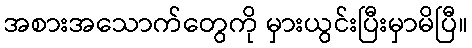
အစားအသောက်တွေကို မှားယွင်းပြီးမှာမိပြီ။